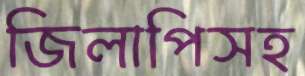
জিলাপিসহ